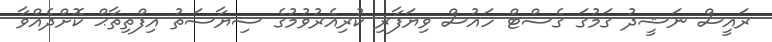
ރައީސް ނަޝީދު ގަމުގަ ގެސްޓް ހައުސް ވިޔަފާރި ކުރިއެރުވުމުގެ ސިޔާސަތު އިފްތިތާޙް ކޮށްދެއްވާ